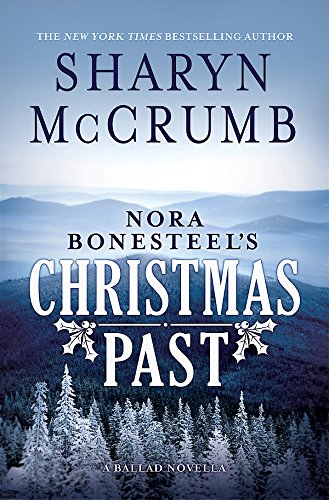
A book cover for Nora Bonesteel's Christmas Past: A Ballad Novella; Sharyn McCrumb; Christian Books & Bibles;